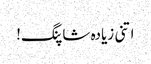
اتنی زیادہ شاپنگ!